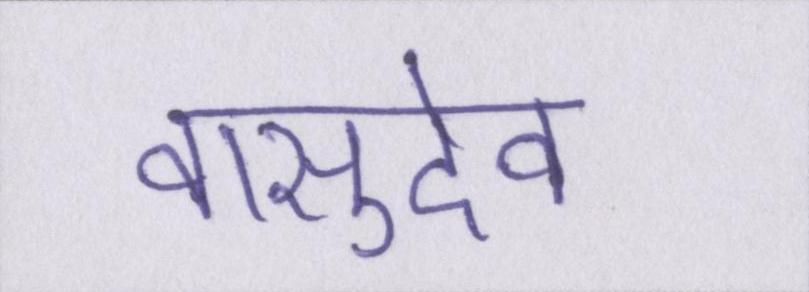
वासुदेव